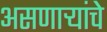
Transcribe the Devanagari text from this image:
असणाऱ्यांचे